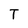
Character: T